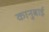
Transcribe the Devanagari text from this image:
कानुबाई